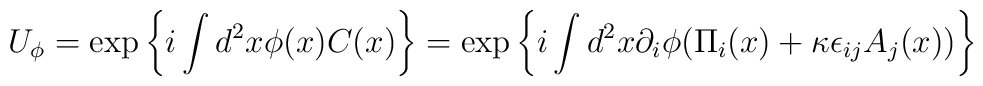
U_\phi=\exp\left\{i\int d^2x \phi(x)C(x)\right\}=\exp\left\{i\int d^2x\partial_i\phi(\Pi_i(x)+\kappa\epsilon_{ij}A_j(x))\right\}